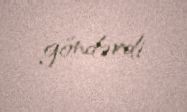
göndərdi.